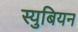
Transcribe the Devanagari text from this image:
स्युबियन